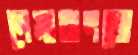
নেমারানজে